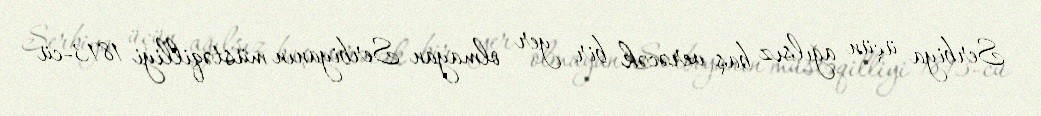
Serbiya üçün ağılsız baş verəcək bir yer olmayan Serbiyanın müstəqilliyi 1813-cü